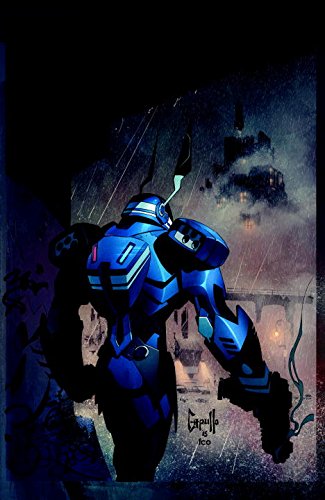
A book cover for Batman Vol. 8; Scott Snyder; Comics & Graphic Novels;